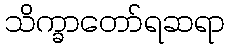
သိက္ခာတော်ရဆရာ